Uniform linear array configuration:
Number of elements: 8
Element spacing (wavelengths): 0.25
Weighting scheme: binomial
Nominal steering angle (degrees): -15
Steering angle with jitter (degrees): -15.124
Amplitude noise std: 0.05
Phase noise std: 0.05

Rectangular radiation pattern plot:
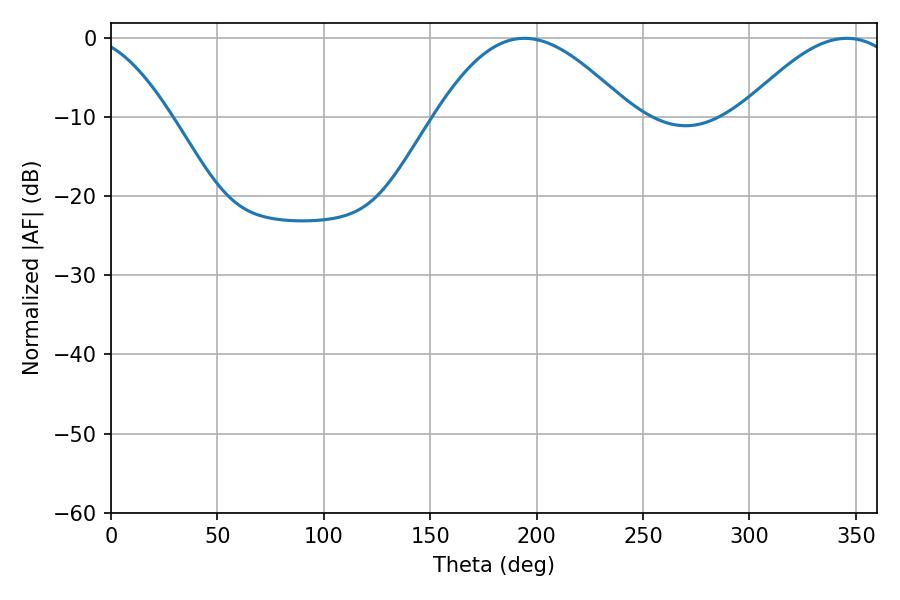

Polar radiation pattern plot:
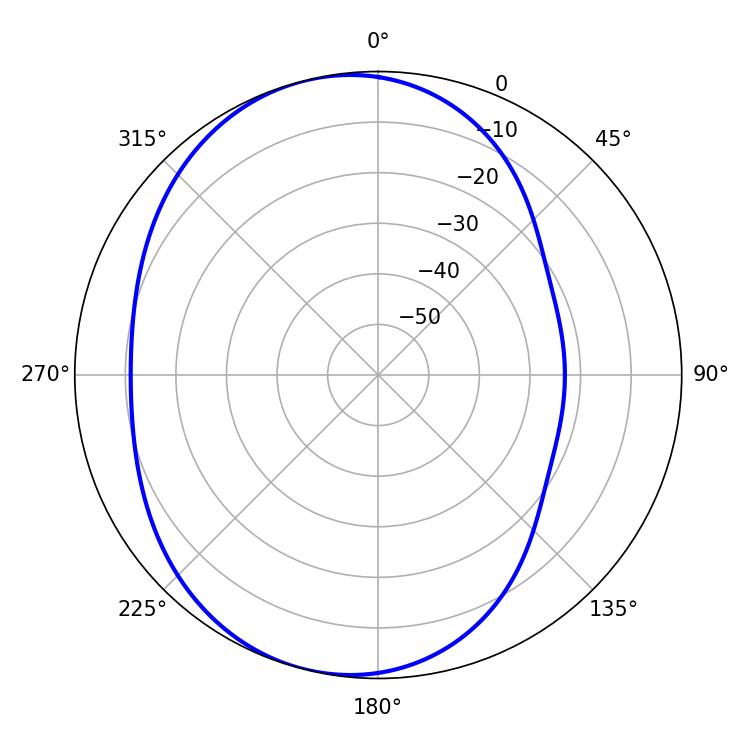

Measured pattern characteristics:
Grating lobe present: FALSE
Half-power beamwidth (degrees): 49.5
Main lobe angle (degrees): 194.22